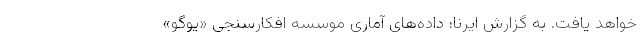
خواهد یافت. به گزارش ایرنا؛ داده‌های آماری موسسه افکارسنجی «یوگو»